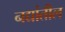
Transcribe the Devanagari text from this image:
नद्यांतील